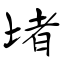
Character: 堵